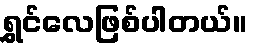
ရွှင်လေဖြစ်ပါတယ်။